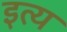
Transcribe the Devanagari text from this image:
इत्य